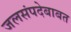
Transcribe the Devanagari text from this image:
जलसंपदेबाबत